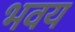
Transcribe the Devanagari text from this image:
भवय